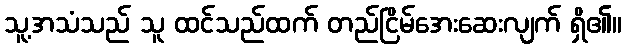
သူ့အသံသည် သူ ထင်သည်ထက် တည်ငြိမ်အေးဆေးလျက် ရှိ၏။